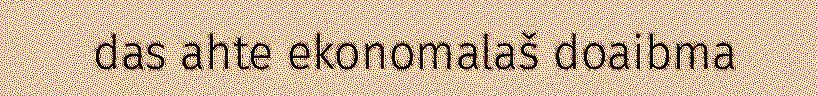
das ahte ekonomalaš doaibma